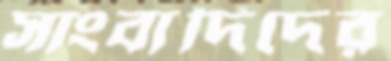
সাংবাদিদের